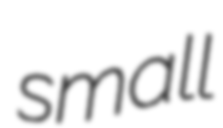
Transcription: small